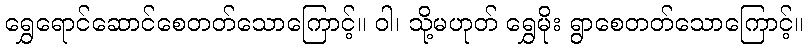
ရွှေရောင်ဆောင်စေတတ်သောကြောင့်။ ဝါ၊ သို့မဟုတ် ရွှေမိုး ရွာစေတတ်သောကြောင့်။